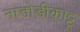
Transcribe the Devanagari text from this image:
नाडोडीकाट्टू